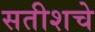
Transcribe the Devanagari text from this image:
सतीशचे